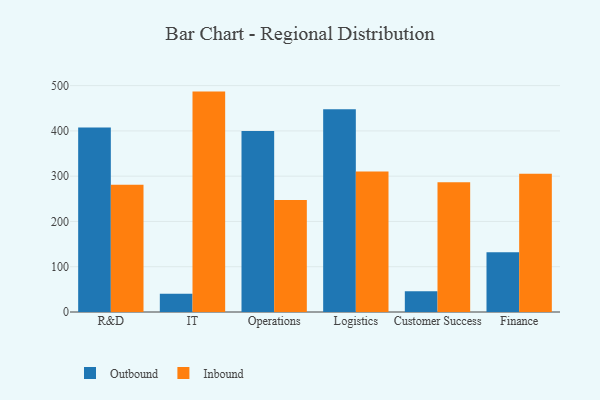
{"axis": {"x": "Department", "y": "Conversion Rate (%)"}, "legend": ["Inbound", "Outbound"], "data": [{"x": "R&D", "y": 407.5, "type": "Outbound"}, {"x": "R&D", "y": 281.1, "type": "Inbound"}, {"x": "IT", "y": 40.1, "type": "Outbound"}, {"x": "IT", "y": 486.8, "type": "Inbound"}, {"x": "Operations", "y": 399.7, "type": "Outbound"}, {"x": "Operations", "y": 247.3, "type": "Inbound"}, {"x": "Logistics", "y": 447.6, "type": "Outbound"}, {"x": "Logistics", "y": 310.6, "type": "Inbound"}, {"x": "Customer Success", "y": 45.8, "type": "Outbound"}, {"x": "Customer Success", "y": 286.5, "type": "Inbound"}, {"x": "Finance", "y": 132.2, "type": "Outbound"}, {"x": "Finance", "y": 305.6, "type": "Inbound"}]}